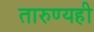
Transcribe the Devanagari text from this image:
तारुण्यही